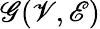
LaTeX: \mathscr{G}(\mathscr{V},\mathscr{E})